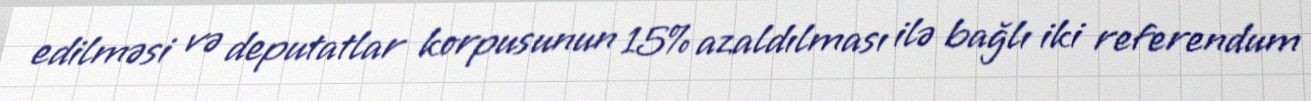
edilməsi və deputatlar korpusunun 15% azaldılması ilə bağlı iki referendum